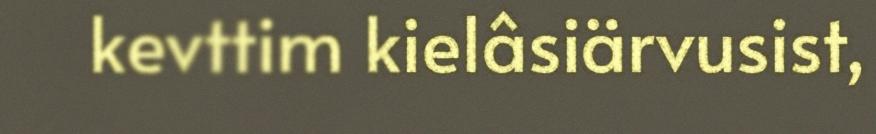
kevttim kielâsiärvusist,